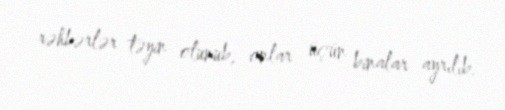
rəhbərlər təyin olunub, onlar üçün binalar ayrılıb.